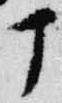
丁